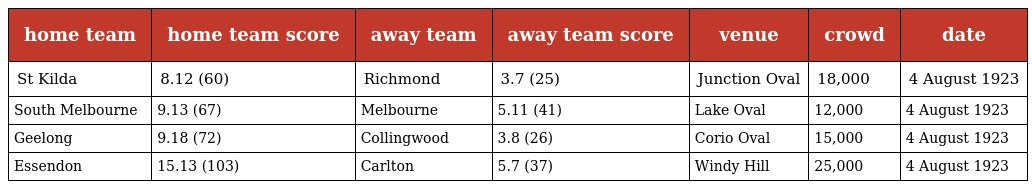
| home team | home team score | away team | away team score | venue | crowd | date |
 | --- | --- | --- | --- | --- | --- | --- |
 | St Kilda | 8.12 (60) | Richmond | 3.7 (25) | Junction Oval | 18,000 | 4 August 1923 |
 | South Melbourne | 9.13 (67) | Melbourne | 5.11 (41) | Lake Oval | 12,000 | 4 August 1923 |
 | Geelong | 9.18 (72) | Collingwood | 3.8 (26) | Corio Oval | 15,000 | 4 August 1923 |
 | Essendon | 15.13 (103) | Carlton | 5.7 (37) | Windy Hill | 25,000 | 4 August 1923 |